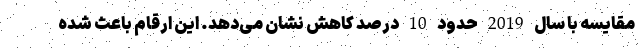
مقایسه با سال 2019 حدود 10 درصد کاهش نشان می‌دهد. این ارقام باعث شده